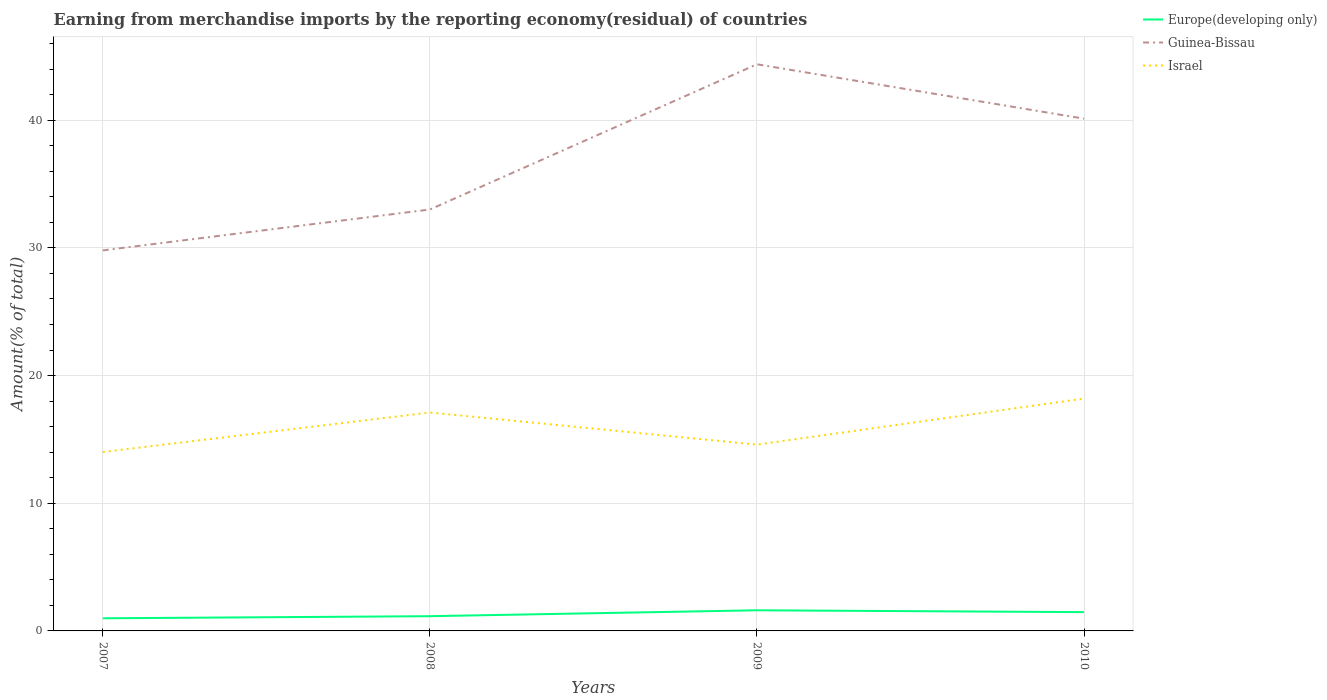
| Years | Europe(developing only) | Guinea-Bissau | Israel |
 | --- | --- | --- | --- |
 | 2007 | 0.989 | 29.8 | 14 |
 | 2008 | 1.15 | 33 | 17.1 |
 | 2009 | 1.62 | 44.4 | 14.6 |
 | 2010 | 1.47 | 40.1 | 18.2 |